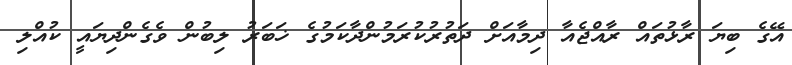
އޭގެ ބިޔަ ރާޅުތައް ރާއްޖެއާ ދިމާއަށް ދަތުރުކުރަމުންދާކަމުގެ ޚަބަރު ލިބުން ވެގެންދިޔައީ ކުއްލި